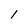
Character: l